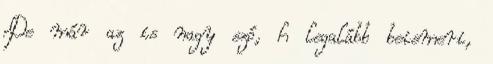
De már az is nagy szó, h legalább beismeri,